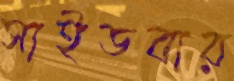
সাইডবার